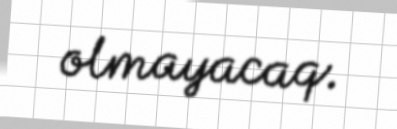
olmayacaq.